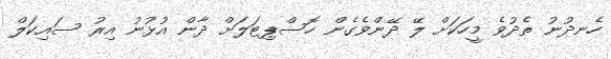
ހެނދުނު ތެދުވެ މީހަކަށް ލޭ ދޭންވެގެން ހޮސްޕިޓަލަށް ދާން އުޅުނު އިރު ސައިކަލް